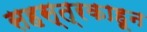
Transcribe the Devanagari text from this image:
सहस्त्रकाहून